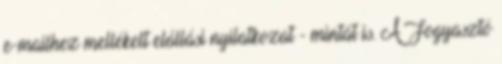
e-mailhez mellékelt elállási nyilatkozat - mintát is. A Fogyasztó